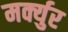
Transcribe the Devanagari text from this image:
मर्क्युर